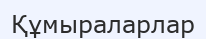
Құмыраларлар